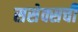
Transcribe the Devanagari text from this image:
ससेक्सची